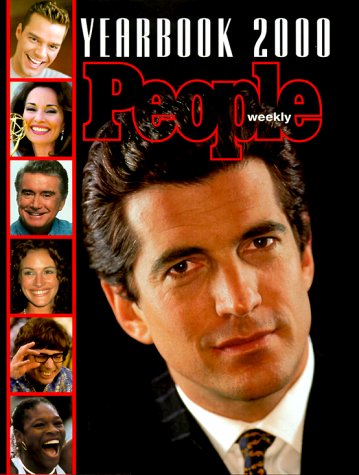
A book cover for Yearbook 2000 People weekly; The Editors of People Magazine; Humor & Entertainment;